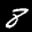
Label: 8